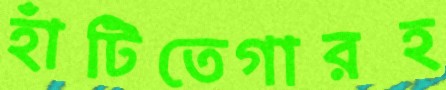
হাঁটিতেগারহ